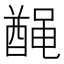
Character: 𫜟